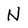
Character: N